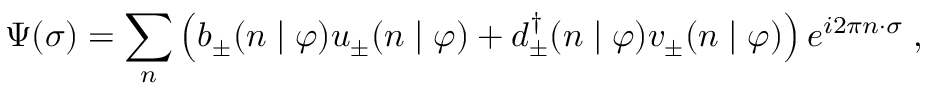
\Psi ( \sigma ) = \sum _ { n } \left( b _ { \pm } ( n \mid \varphi ) u _ { \pm } ( n \mid \varphi ) + d _ { \pm } ^ { \dagger } ( n \mid \varphi ) v _ { \pm } ( n \mid \varphi ) \right) e ^ { i 2 \pi n \cdot \sigma } \; ,